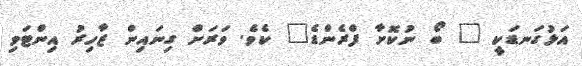
އަޅުގަނޑަކީ " ބޯ ނުކޮށާ ފްރެންޑެ" ކެވެ. ވަރަށް ގިނައިން ޒާހިރު އިންޓަވި